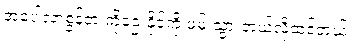
အပေါ့လာစွန့်တဲ့ ကိုဌေးနိုင်ကို ဖမ်းသွားတယ်လို့ထင်တယ်။